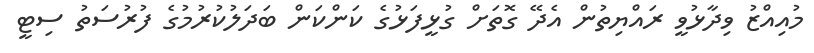
މުއިއްޒު ވިދާޅުވީ ރައްޔިތުން އެދޭ ގޮތަށް ގުޅީފަޅުގެ ކަންކަން ބަދަލުކުރުމުގެ ފުރުސަތު ސިޓީ